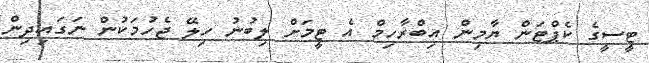
ޓީސީގެ ކެޕްޓަން ޔާމިން އިބްރާހިމް އެ ޓީމަށް ލިބުނު ހިލޭ ޖެހުމަކުން ނަގައިދިން